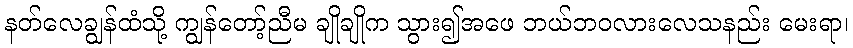
နတ်လေချွန်ထံသို့ ကျွန်တော့်ညီမ ချိုချိုက သွား၍အဖေ ဘယ်ဘဝလားလေသနည်း မေးရာ၊